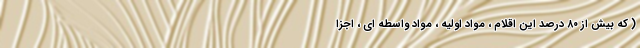
( که بیش از ۸۰ درصد این اقلام ، مواد اولیه ، مواد واسطه ای ، اجزا